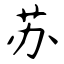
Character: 苏